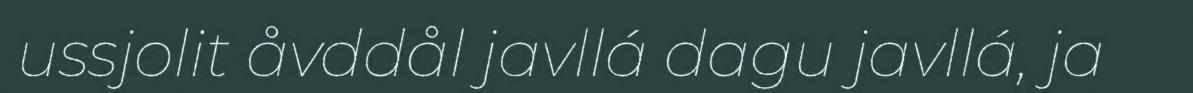
ussjolit åvddål javllá dagu javllá, ja